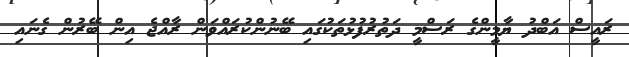
ރައީސް އަބްދު ޔާމީންގެ ރަސްމީ ދަތުރުފުޅުތަކުގައި ބޭނުންކުރައްވަން ރާއްޖެ އިން ބޭރުން ގެނައި